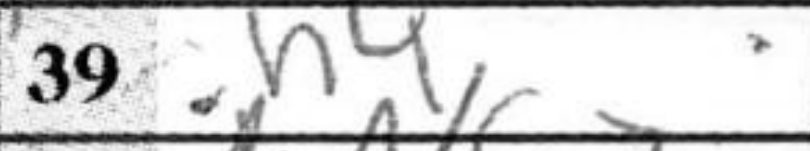
Transcription: h4